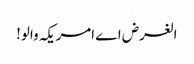
الغرض اے امریکہ والو!